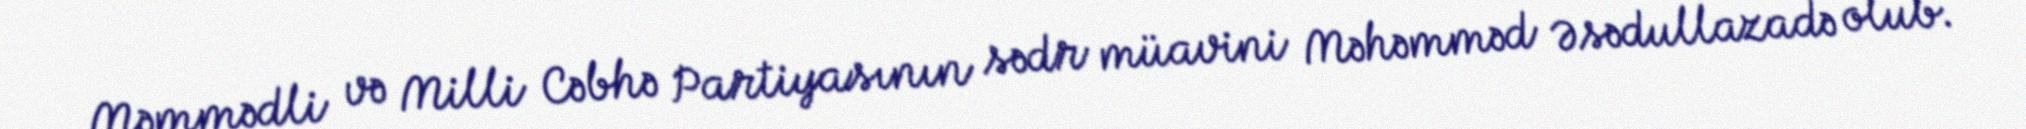
Məmmədli və Milli Cəbhə Partiyasının sədr müavini Məhəmməd Əsədullazadə olub.